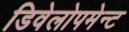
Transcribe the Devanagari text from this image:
डिवेलोपमेन्ट